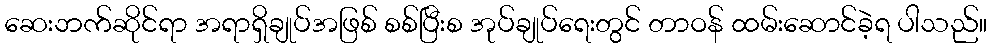
ဆေးဘက်ဆိုင်ရာ အရာရှိချုပ်အဖြစ် စစ်ပြီးစ အုပ်ချုပ်ရေးတွင် တာဝန် ထမ်းဆောင်ခဲ့ရ ပါသည်။